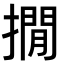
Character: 撊